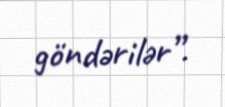
göndərilər”.